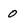
Character: 0